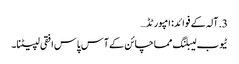
3. آلہ کے فوائد: امپورٹڈ…
ٹیوب لیبلنگ مماچائن کے آس پاس افقی لپیٹنا۔